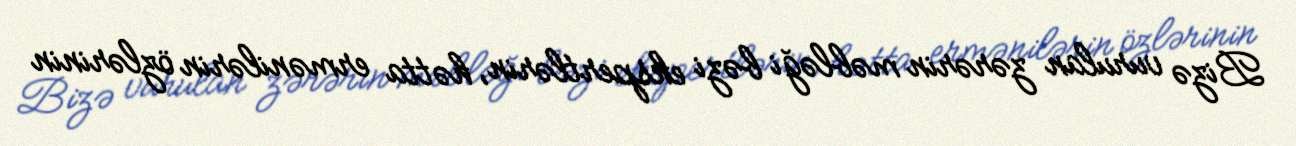
Bizə vurulan zərərin məbləği bəzi ekspertlərin, hətta ermənilərin özlərinin